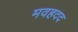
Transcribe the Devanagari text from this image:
मवहदद